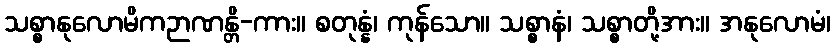
သစ္စာနုလောမိကဉာဏန္တိ-ကား။ စတုန္နံ၊ ကုန်သော။ သစ္စာနံ၊ သစ္စာတို့အား။ အနုလောမံ၊